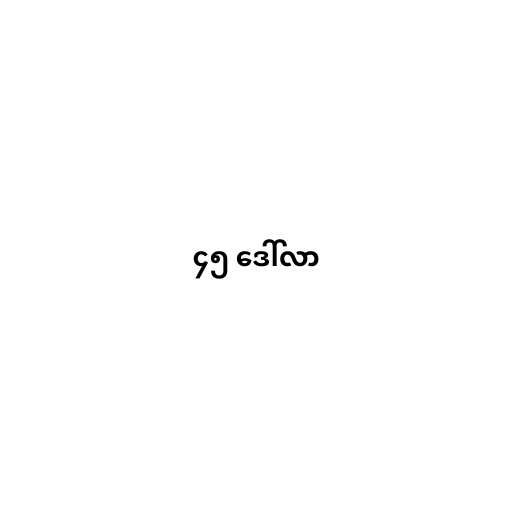
၄၅ ဒေါ်လာ